Medical and sanitary report on the native army of Bombay for the year
Year: 1879
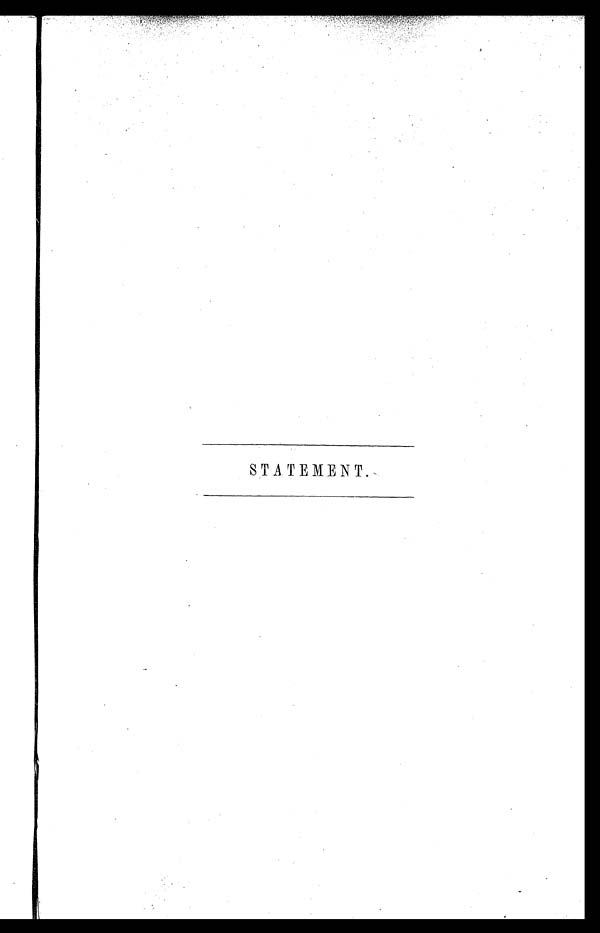
STATEMENT.